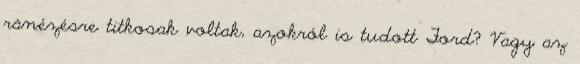
ránézésre titkosak voltak, azokról is tudott Ford? Vagy az